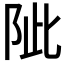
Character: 𨹀